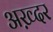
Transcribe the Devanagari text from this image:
अख़्दर